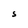
Character: S